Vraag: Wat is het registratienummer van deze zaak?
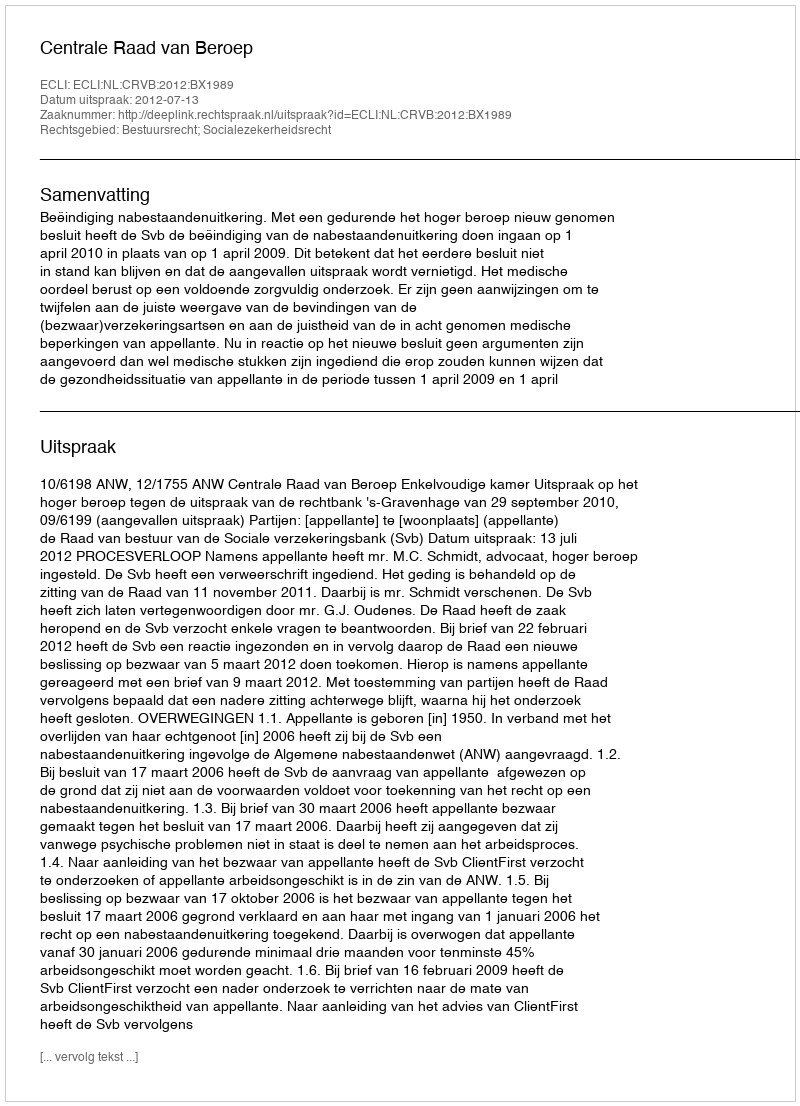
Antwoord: http://deeplink.rechtspraak.nl/uitspraak?id=ECLI:NL:CRVB:2012:BX1989